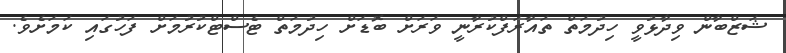
ޝަޒްބާން ވިދާޅުވީ ހިދުމަތް ތައާރަފްކުރާނީ ވަރަށް ބޮޑަށް ހިދުމަތް ޓެސްޓްކުރުމަށް ފަހުގައި ކަމަށެވެ.